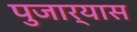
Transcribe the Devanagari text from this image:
पुजार्‍यास